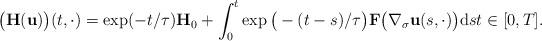
LaTeX: \begin{align*}\big(\mathbf{H}(\mathbf{u})\big)(t, \cdot) = \exp(-t/\tau) \mathbf{H}_{0} + \int_{0}^{t} \exp\big(-(t - s)/\tau\big) \mathbf{F}\big(\nabla_{\sigma} \mathbf{u}(s, \cdot)\big) \mathrm{d}s t \in [0, T].\end{align*}